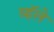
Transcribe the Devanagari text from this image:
व्हॅले